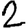
Digit: 2